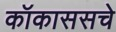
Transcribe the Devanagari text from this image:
कॉकाससचे